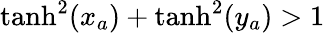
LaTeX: \operatorname{tanh}^{2}(x_{a})+\operatorname{tanh}^{2}(y_{a})>1